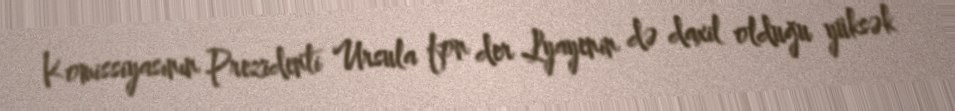
Komissiyasının Prezidenti Ursula fon der Lyayenin də daxil olduğu yüksək